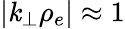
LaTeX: |\mathit{k}_{\perp}\rho_{e}|\approx1